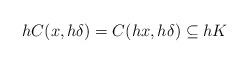
LaTeX: \begin{align*}hC(x, h\delta) = C(hx, h\delta) \subseteq hK \end{align*}